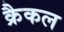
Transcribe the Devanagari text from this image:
क्रैकल